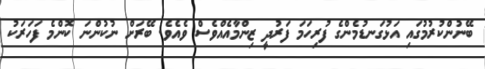
ބޭނުންކުރުމުގައި އަޅުގަނޑުމެންގެ ފުރިހަމަ ފަރުދީ ޒިންމާއެއްވެސް ވެއެވެ. ބޭރަށް ނުކުންނަ ކޮންމެ ފަހަރަކު